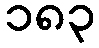
၁၈၃